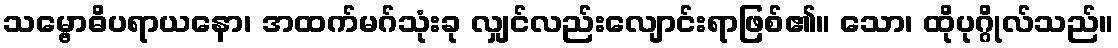
သမ္ဗောဓိပရာယနော၊ အထက်မဂ်သုံးခု လျှင်လည်းလျောင်းရာဖြစ်၏။ သော၊ ထိုပုဂ္ဂိုလ်သည်။